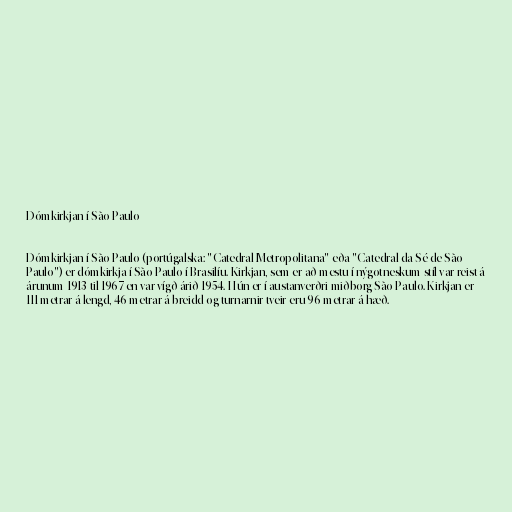
Dómkirkjan í São Paulo

Dómkirkjan í São Paulo (portúgalska: "Catedral Metropolitana" eða "Catedral da Sé de São
Paulo") er dómkirkja í São Paulo í Brasilíu. Kirkjan, sem er að mestu í nýgotneskum stíl var reist á
árunum 1913 til 1967 en var vígð árið 1954. Hún er í austanverðri miðborg São Paulo. Kirkjan er
111 metrar á lengd, 46 metrar á breidd og turnarnir tveir eru 96 metrar á hæð.